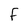
Character: F